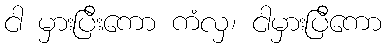
ငါ မှားပြီးကော ကံလှ၊ ငါမှားပြီကော